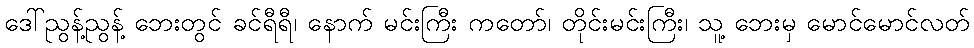
ဒေါ်ညွန့်ညွန့် ဘေးတွင် ခင်ရီရီ၊ နောက် မင်းကြီး ကတော်၊ တိုင်းမင်းကြီး၊ သူ့ ဘေးမှ မောင်မောင်လတ်